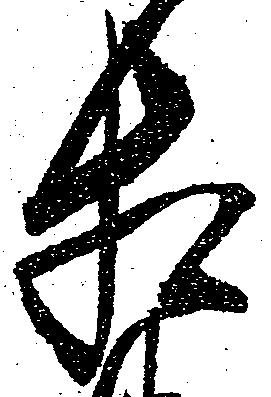
相